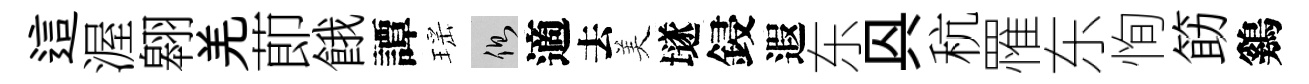
這渥翱羌莭餓譚瑶側適去美𡑞鋟遐东㒷秔罹东恂筯鷄